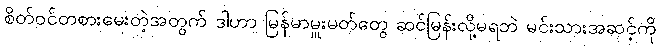
စိတ်ဝင်တစားမေးတဲ့အတွက် ဒါဟာ မြန်မာမှူးမတ်တွေ ဆင်မြန်းလို့မရဘဲ မင်းသားအဆင့်ကို